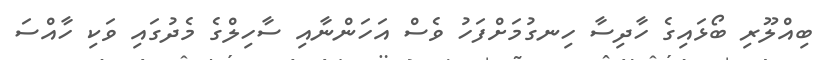
ބިއްލޫރި ބޯޅައިގެ ހާދިސާ ހިނގުމަށްފަހު ވެސް އަހަންނާއި ސާހިލްގެ މެދުގައި ވަކި ހާއްސަ